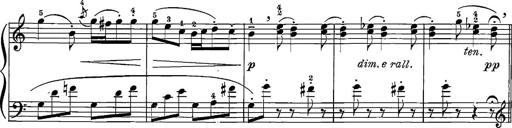
Title: 12 Sonatinas
Composer: Ignaz Pleyel